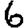
Digit: 6